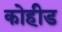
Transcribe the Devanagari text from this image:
कोहीड